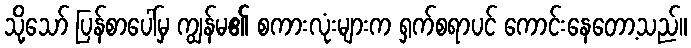
သို့သော် ပြန်စာပေါ်မှ ကျွန်မ၏ စကားလုံးများက ရှက်စရာပင် ကောင်းနေတော့သည်။